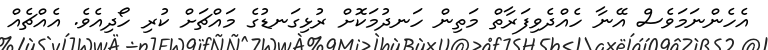
އެހެންނަމަވެސް އޭނާ ހެއްދެވިފަރާތް މަތިން ހަނދުމަކޮށް ރުޅިގަނޑުގެ މައްޗަށް ކުރި ހޯދިއެވެ. އެއްޗެއް